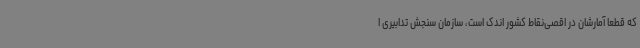
که قطعا آمارشان در اقصی‌نقاط کشور اندک است، سازمان سنجش تدابیری ا